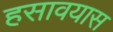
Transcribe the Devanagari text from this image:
हसावयास